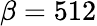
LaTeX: \beta=512